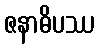
ဇနာဓိပဿ